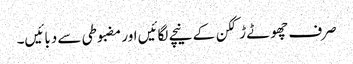
صرف چھوٹے ڑککن کے نیچے لگائیں اور مضبوطی سے دبائیں۔